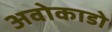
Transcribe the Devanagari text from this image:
अवोकाडो